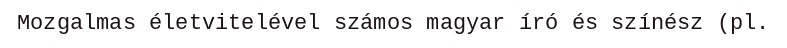
Mozgalmas életvitelével számos magyar író és színész (pl.